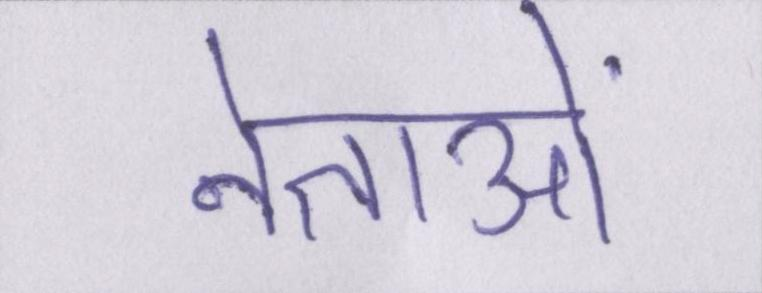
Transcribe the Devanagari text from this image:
नेताओं